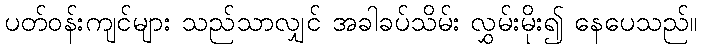
ပတ်ဝန်းကျင်များ သည်သာလျှင် အခါခပ်သိမ်း လွှမ်းမိုး၍ နေပေသည်။